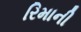
રિમાની